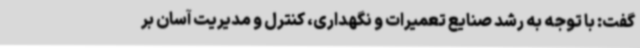
گفت: با توجه به رشد صنایع تعمیرات و نگهداری، کنترل و مدیریت آسان بر